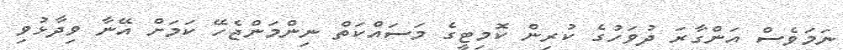
ނަމަވެސް އަންގާރަ ދުވަހުގެ ކުރިން ކޮމިޓީގެ މަސައްކަތް ނިންމަންޖެހޭ ކަމަށް އޭނާ ވިދާޅުވި